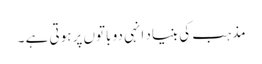
مذہب کی بنیاد انہی دو باتوں پر ہوتی ہے ۔